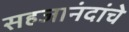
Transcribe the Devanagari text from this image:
सहजानंदांचे